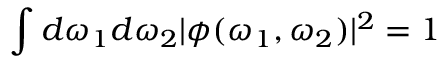
\int d \omega _ { 1 } d \omega _ { 2 } | \phi ( \omega _ { 1 } , \omega _ { 2 } ) | ^ { 2 } = 1